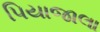
પિયાજાલા